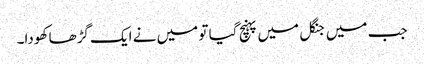
جب میں جنگل میں پہنچ گیا تو میں نے ایک گڑھا کھودا۔